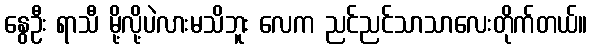
နွေဦး ရာသီ မို့လို့ပဲလားမသိဘူး လေက ညင်ညင်သာသာလေးတိုက်တယ်။